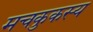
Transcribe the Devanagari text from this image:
मचकुकस्य